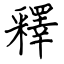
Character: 釋